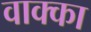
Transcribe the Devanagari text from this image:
वाक्का